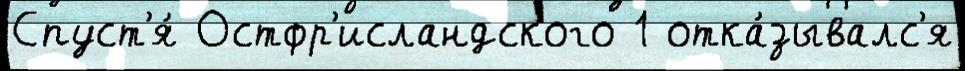
Спуст'я́ Остфр'исландского 1 отка́зывалс'я